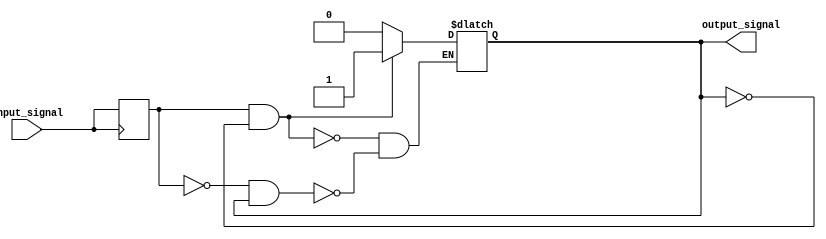
module schmitt_trigger_buffer (
    input wire input_signal,
    output reg output_signal
);

// Schmitt trigger module
reg reg_in;
reg reg_out;

always @* begin
    if (reg_in && !reg_out)
        reg_out <= 1;
    else if (!reg_in && reg_out)
        reg_out <= 0;
end

assign output_signal = reg_out;

// Data directionality control
always @ (posedge input_signal)
    reg_in <= input_signal;

endmodule